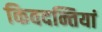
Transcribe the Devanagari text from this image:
किवदन्तियां